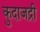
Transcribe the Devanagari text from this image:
कुदाजद्री